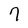
Character: 7